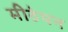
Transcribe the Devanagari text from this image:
मीठेपन